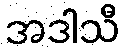
အဒါသီ